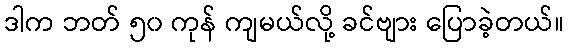
ဒါက ဘတ် ၅၀ ကုန် ကျမယ်လို့ ခင်ဗျား ပြောခဲ့တယ်။